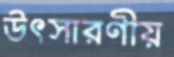
উৎসারণীয়